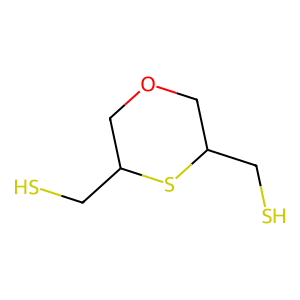
SMILES: SCC1COCC(CS)S1
Inhibits HIV replication: No